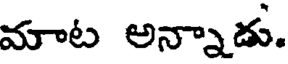
మాట అన్నాడు.